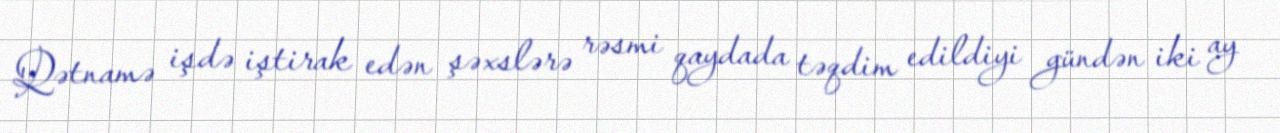
Qətnamə işdə iştirak edən şəxslərə rəsmi qaydada təqdim edildiyi gündən iki ay